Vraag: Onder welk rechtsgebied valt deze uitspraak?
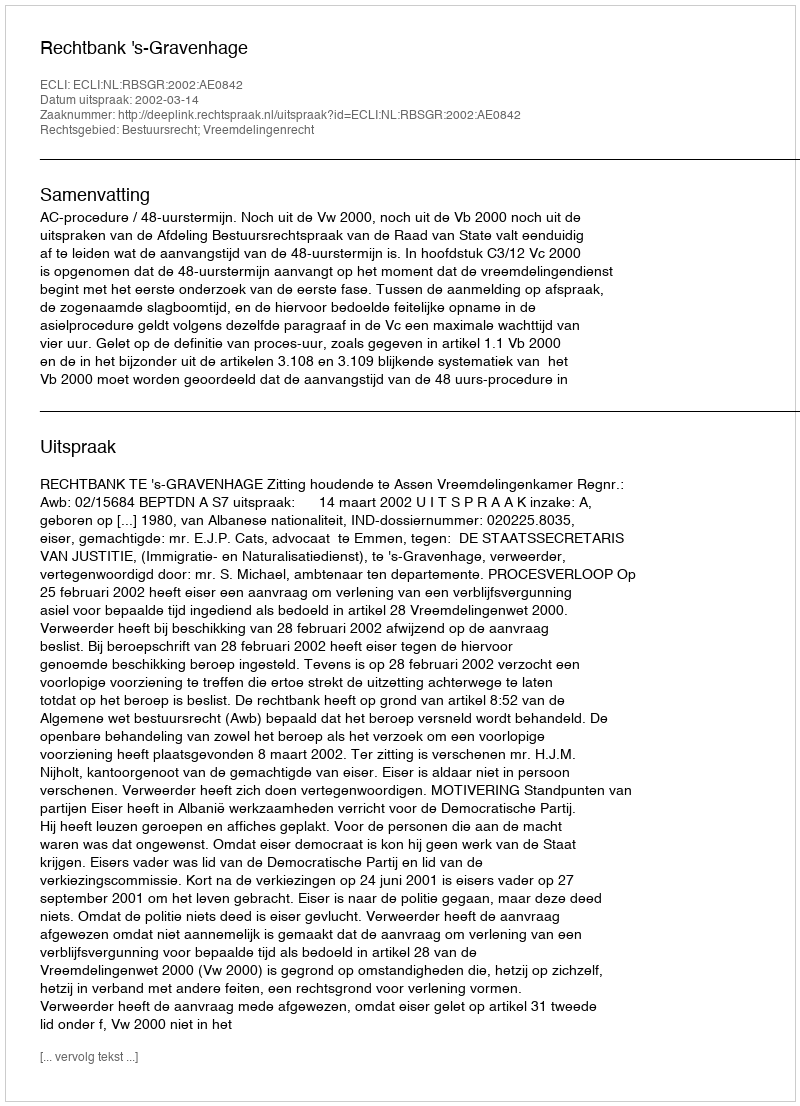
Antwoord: Bestuursrecht; Vreemdelingenrecht